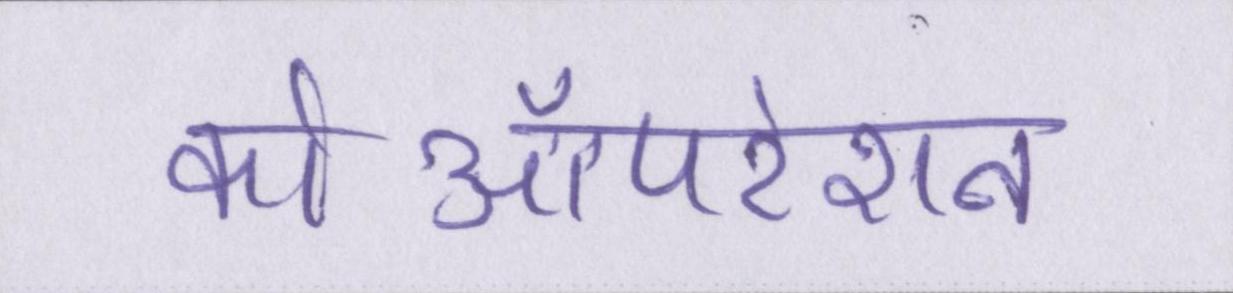
कोऑपरेशन